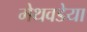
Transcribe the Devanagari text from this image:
मेथवडेया